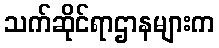
သက်ဆိုင်ရာဌာနများက